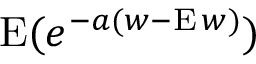
\operatorname { E } ( e ^ { - a ( w - \operatorname { E } w ) } )